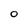
Character: 0